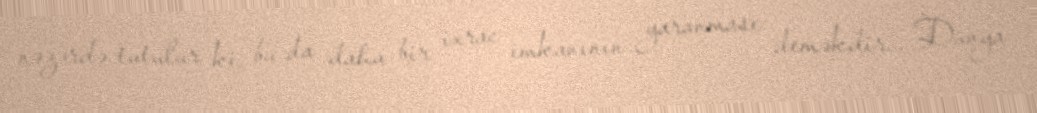
nəzərdə tutulur ki, bu da daha bir ixrac imkanının yaranması deməkdir... Dünya